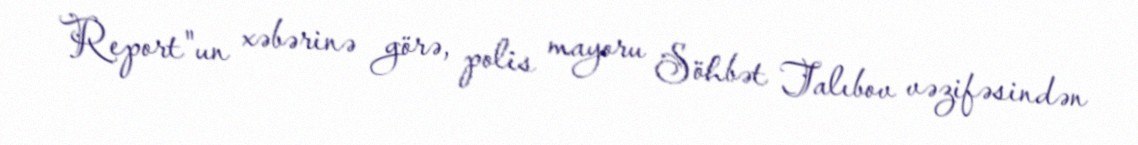
Report"un xəbərinə görə, polis mayoru Söhbət Talıbov vəzifəsindən